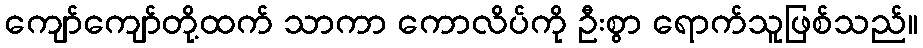
ကျော်ကျော်တို့ထက် သာကာ ကောလိပ်ကို ဦးစွာ ရောက်သူဖြစ်သည်။